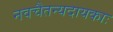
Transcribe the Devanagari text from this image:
नवचैतन्यदायकाः